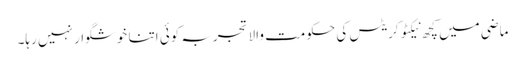
ماضی میں کچھ نیکٹوکریٹس کی حکومت والا تجربہ کوئی اتنا خوشگوار نہیں رہا۔